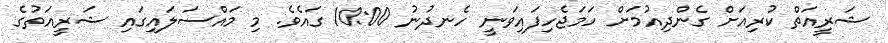
ޝަރީއަތް ކުރިއަށް ގެންދިއުމަށް ހަމަޖެހިފައިވަނީ ހެނދުނު 10:00 ގައެވެ. މި މައްސަލައިގައި ޝަރީއަތުގެ